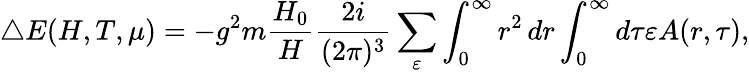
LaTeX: \triangle E(H,T,\mu)=-g^{2}m\frac{H_{0}}H\frac{2i}{(2\pi)^{3}}\sum_{\varepsilon}\int_{0}^{\infty}r^{2}\, dr\int_{0}^{\infty}d\tau\varepsilon A(r,\tau),